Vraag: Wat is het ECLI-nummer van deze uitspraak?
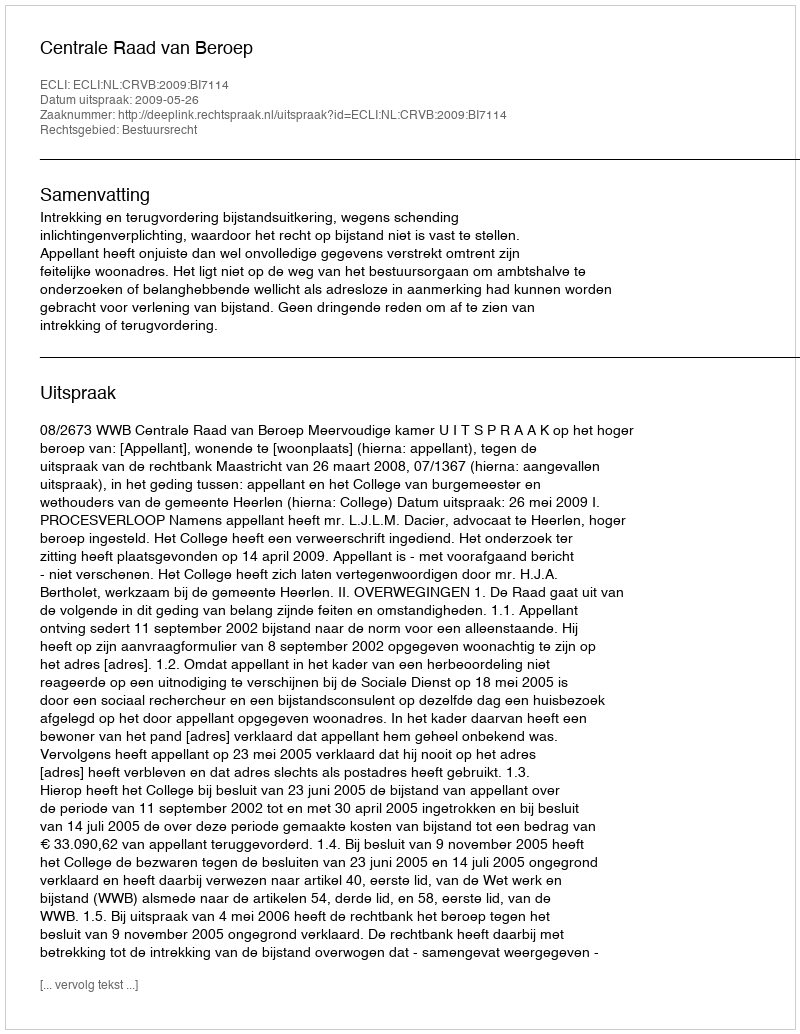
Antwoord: ECLI:NL:CRVB:2009:BI7114